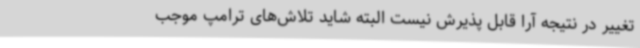
تغییر در نتیجه آرا قابل پذیرش نیست البته شاید تلاش‌های ترامپ موجب